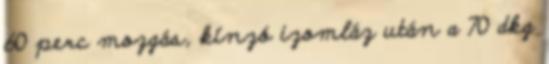
60 perc mozgás, kínzó izomláz után a 70 dkg